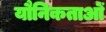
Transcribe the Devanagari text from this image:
यौनिकताओं